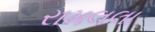
રામલલા